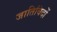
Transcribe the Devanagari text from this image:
जातिविदों